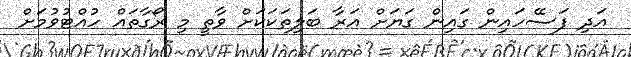
އަދި ފަސޭހައިން ގައިން ގަޔަށް އަރާ ބަލިތަކަކަށް ވާތީ މި ރޯގާތައް ހުއްޓުވުމަށް